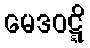
မေဒဝဋ္ဋိ